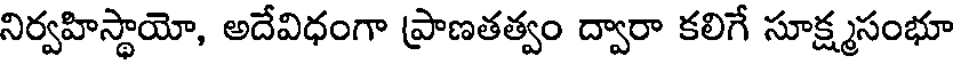
నిర్వహిస్థాయో, అదేవిధంగా ప్రాణతత్వం ద్వారా కలిగే సూక్ష్మసంభూ